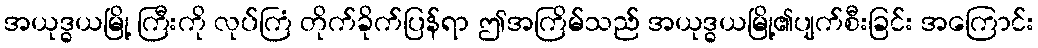
အယုဒ္ဓယမြို့ ကြီးကို လုပ်ကြံ တိုက်ခိုက်ပြန်ရာ ဤအကြိမ်သည် အယုဒ္ဓယမြို့၏ပျက်စီးခြင်း အကြောင်း